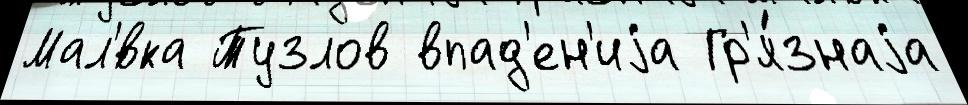
Мал'́вка Тузлов впад'ен'иjа Гр'я́знаjа